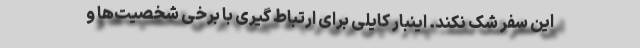
این سفر شک نکند. اینبار کایلی برای ارتباط گیری با برخی شخصیت‌ها و